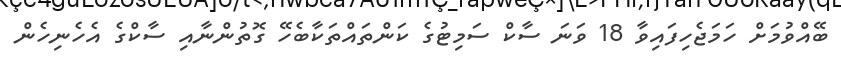
ބޭއްވުމަށް ހަމަޖެހިފައިވާ 18 ވަނަ ސާކް ސަމިޓުގެ ކަންތައްތަކާބެހޭ ގޮތުންނާއި ސާކްގެ އެހެނިހެން